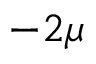
- 2 \mu